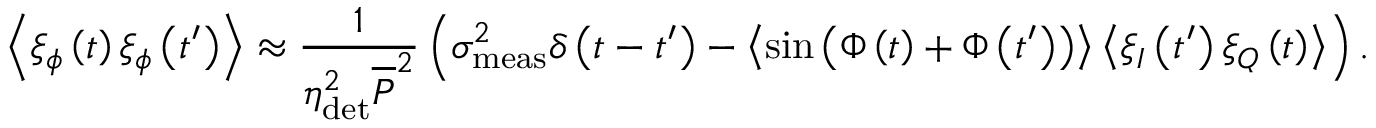
\left\langle \xi _ { \phi } \left( t \right) \xi _ { \phi } \left( t ^ { \prime } \right) \right\rangle \approx \frac { 1 } { \eta _ { \mathrm { d e t } } ^ { 2 } \overline { { P } } ^ { 2 } } \left( \sigma _ { \mathrm { m e a s } } ^ { 2 } \delta \left( t - t ^ { \prime } \right) - \left\langle \sin { \left( \Phi \left( t \right) + \Phi \left( t ^ { \prime } \right) \right) } \right\rangle \left\langle \xi _ { I } \left( t ^ { \prime } \right) \xi _ { Q } \left( t \right) \right\rangle \right) .